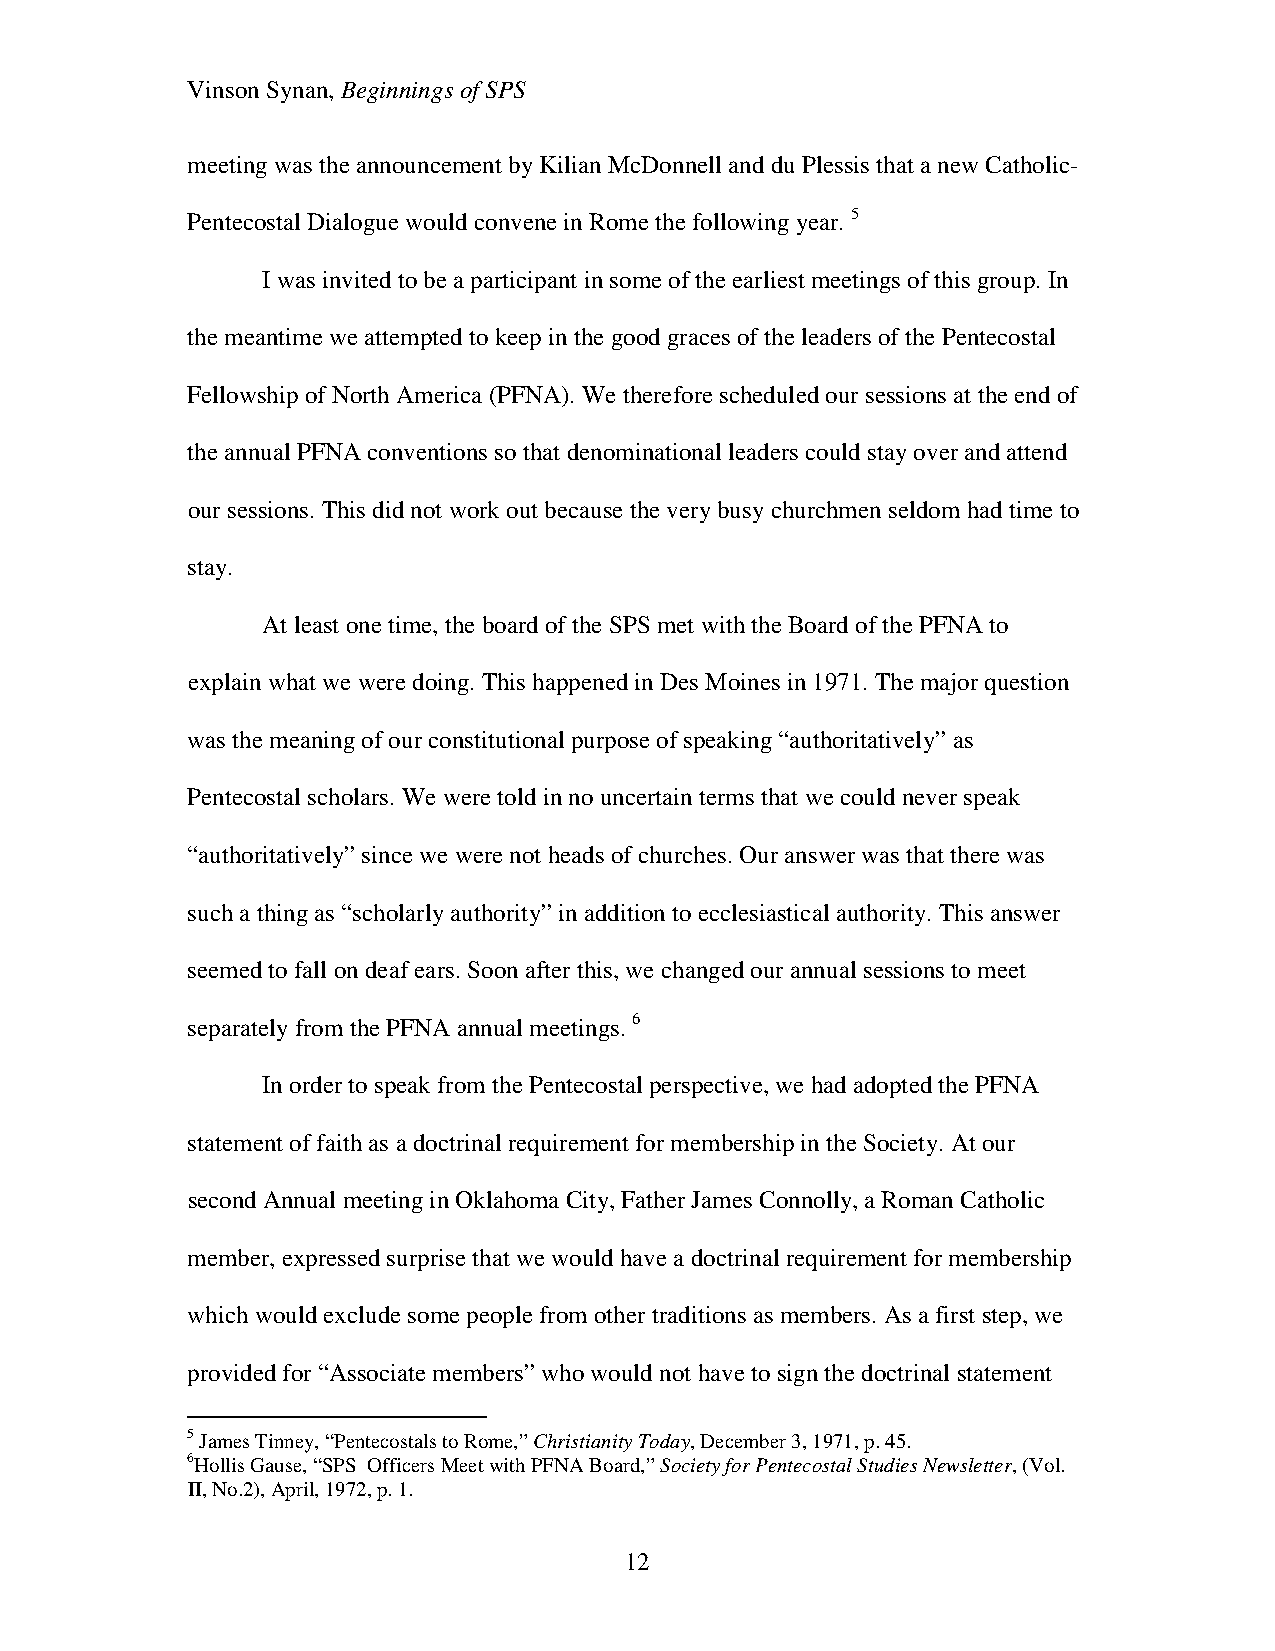
Vinson Synan, Beginnings of SPS
 meeting was the announcement by Kilian McDonnell and du Plessis that a new Catholic-
 Pentecostal Dialogue would convene in Rome the following year. 5
 I was invited to be a participant in some of the earliest meetings of this group. In
 the meantime we attempted to keep in the good graces of the leaders of the Pentecostal
 Fellowship of North America (PFNA). We therefore scheduled our sessions at the end of
 the annual PFNA conventions so that denominational leaders could stay over and attend
 our sessions. This did not work out because the very busy churchmen seldom had time to
 stay.
 At least one time, the board of the SPS met with the Board of the PFNA to
 explain what we were doing. This happened in Des Moines in 1971. The major question
 was the meaning of our constitutional purpose of speaking “authoritatively” as
 Pentecostal scholars. We were told in no uncertain terms that we could never speak
 “authoritatively” since we were not heads of churches. Our answer was that there was
 such a thing as “scholarly authority” in addition to ecclesiastical authority. This answer
 seemed to fall on deaf ears. Soon after this, we changed our annual sessions to meet
 separately from the PFNA annual meetings. 6
 In order to speak from the Pentecostal perspective, we had adopted the PFNA
 statement of faith as a doctrinal requirement for membership in the Society. At our
 second Annual meeting in Oklahoma City, Father James Connolly, a Roman Catholic
 member, expressed surprise that we would have a doctrinal requirement for membership
 which would exclude some people from other traditions as members. As a first step, we
 provided for “Associate members” who would not have to sign the doctrinal statement
 5 James Tinney, “Pentecostals to Rome,” Christianity Today, December 3, 1971, p. 45.
 6Hollis Gause, “SPS Officers Meet with PFNA Board,” Society for Pentecostal Studies Newsletter, (Vol.
 II, No.2), April, 1972, p. 1.
 12